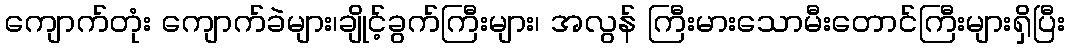
ကျောက်တုံး ကျောက်ခဲများ၊ချိုင့်ခွက်ကြီးများ၊ အလွန် ကြီးမားသောမီးတောင်ကြီးများရှိပြီး